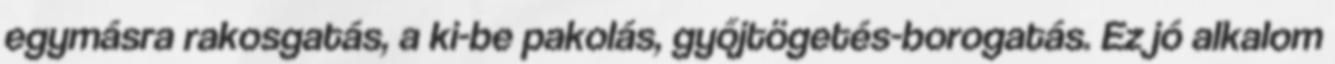
egymásra rakosgatás, a ki-be pakolás, győjtögetés-borogatás. Ez jó alkalom